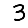
Digit: 3